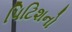
પિટિશનો